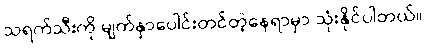
သရက်သီးကို မျက်နှာပေါင်းတင်တဲ့နေရာမှာ သုံးနိုင်ပါတယ်။